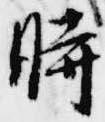
時